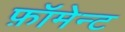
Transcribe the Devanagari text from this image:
फ़ॉमेन्ट